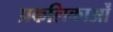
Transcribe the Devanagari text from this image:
प्रकलिकाओं